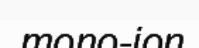
mono-ion